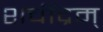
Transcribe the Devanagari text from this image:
शचींद्रम्